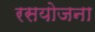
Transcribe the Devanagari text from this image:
रसयोजना